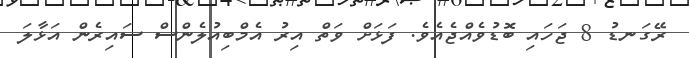
ރޭގަނޑު 8 ޖަހައި ބޮޑުވެއްޖެއެވެ. ފަޅަށް ވަތް އިރު އެމްބިއުލެންސް ސައިރެން އަޅާލަ